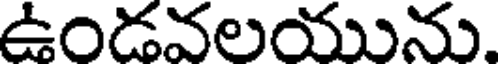
ఉండవలయును.